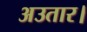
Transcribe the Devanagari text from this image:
अउतार।